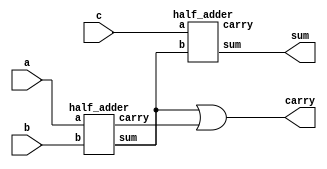
//FULL ADDER USING HALF ADDER USING HIERARCHICAL DESIGNING IN VERILOG

module FA(sum,carry,a,b,c);
input a, b, c; 
output sum, carry; 
wire w1, w2, w3; 
half_adder HA1(w1, w2, a, b); //instance 1 of Half Adder
half_adder HA2(sum, w3, c,w1); //instance 2 of Half Adder
or or1(carry,w1,w2); 

endmodule


module half_adder(sum,carry,a,b);
input a,b;
output sum,carry;

xor g1(sum,a,b);
xor g2(carry,a,b);


endmodule